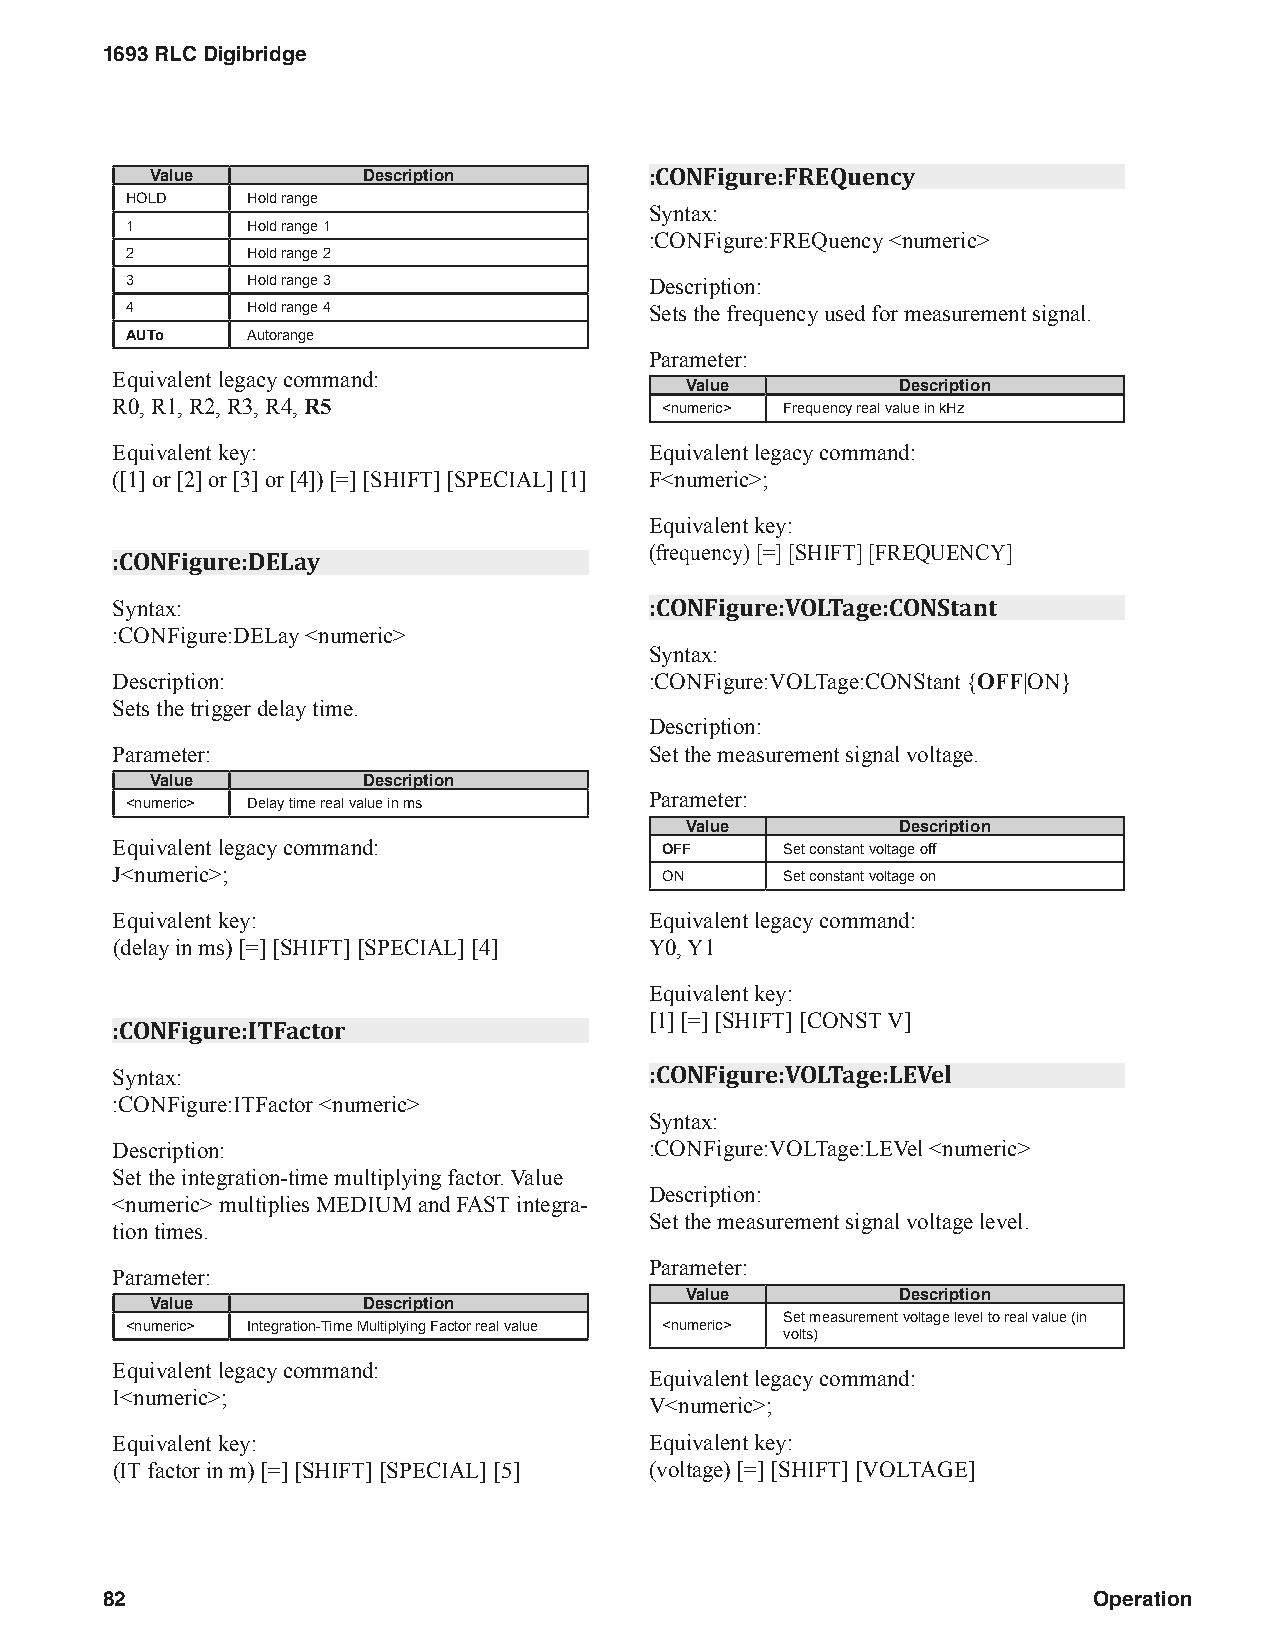
1693 RLC Digibridge
 Value         Description        :CONFigure:FREQuency
 HOLD    Hold range
 Syntax:
 1       Hold range 1
 :CONFigure:FREQuency <numeric>
 2       Hold range 2
 3       Hold range 3               Description:
 4       Hold range 4               Sets the frequency used for measurement signal.
 AUTo    Autorange
 Parameter:
 Equivalent legacy command:
 Value          Description
 R0, R1, R2, R3, R4, R5               <numeric> Frequency real value in kHz
 Equivalent key:                     Equivalent legacy command:
 ([1] or [2] or [3] or [4]) [=] [SHIFT] [SPECIAL] [1] F<numeric>;
 Equivalent key:
 :CONFigure:DELay                    (frequency) [=] [SHIFT] [FREQUENCY]
 Syntax:                             :CONFigure:VOLTage:CONStant
 :CONFigure:DELay <numeric>
 Syntax:
 Description:                        :CONFigure:VOLTage:CONStant {OFF|ON}
 Sets the trigger delay time.
 Description:
 Parameter:                          Set the measurement signal voltage.
 Value         Description
 Parameter:
 <numeric> Delay time real value in ms
 Value          Description
 Equivalent legacy command:           OFF     Set constant voltage off
 J<numeric>;                          ON      Set constant voltage on
 Equivalent key:                     Equivalent legacy command:
 (delay in ms) [=] [SHIFT] [SPECIAL] [4] Y0, Y1
 Equivalent key:
 [1] [=] [SHIFT] [CONST V]
 :CONFigure:ITFactor
 Syntax:                             :CONFigure:VOLTage:LEVel
 :CONFigure:ITFactor <numeric>
 Syntax:
 Description:                        :CONFigure:VOLTage:LEVel <numeric>
 Set the integration-time multiplying factor. Value
 Description:
 <numeric> multiplies MEDIUM and FAST integra-
 Set the measurement signal voltage level.
 tion times.
 Parameter:
 Parameter:
 Value          Description
 Value         Description
 Set measurement voltage level to real value (in
 <numeric> Integration-Time Multiplying Factor real value <numeric>
 volts)
 Equivalent legacy command:
 Equivalent legacy command:
 I<numeric>;
 V<numeric>;
 Equivalent key:                     Equivalent key:
 (IT factor in m) [=] [SHIFT] [SPECIAL] [5] (voltage) [=] [SHIFT] [VOLTAGE]
 82                                                               Operation